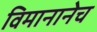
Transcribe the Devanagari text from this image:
विमानानेच